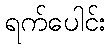
ရက်ပေါင်း